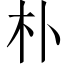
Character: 朴